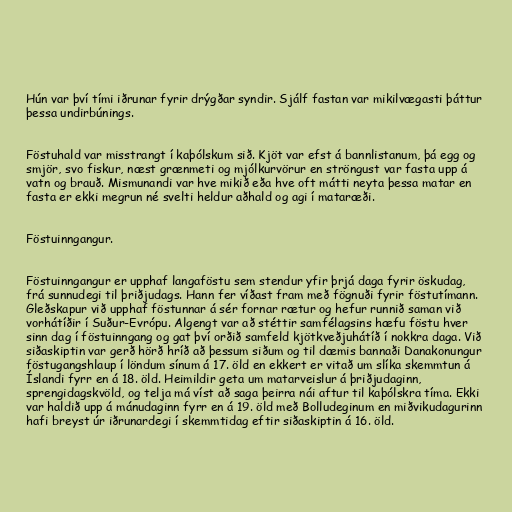
Hún var því tími iðrunar fyrir drýgðar syndir. Sjálf fastan var mikilvægasti þáttur
þessa undirbúnings.

Föstuhald var misstrangt í kaþólskum sið. Kjöt var efst á bannlistanum, þá egg og
smjör, svo fiskur, næst grænmeti og mjólkurvörur en ströngust var fasta upp á
vatn og brauð. Mismunandi var hve mikið eða hve oft mátti neyta þessa matar en
fasta er ekki megrun né svelti heldur aðhald og agi í mataræði.

Föstuinngangur.

Föstuinngangur er upphaf langaföstu sem stendur yfir þrjá daga fyrir öskudag,
frá sunnudegi til þriðjudags. Hann fer víðast fram með fögnuði fyrir föstutímann.
Gleðskapur við upphaf föstunnar á sér fornar rætur og hefur runnið saman við
vorhátíðir í Suður-Evrópu. Algengt var að stéttir samfélagsins hæfu föstu hver
sinn dag í föstuinngang og gat því orðið samfeld kjötkveðjuhátíð í nokkra daga. Við
siðaskiptin var gerð hörð hríð að þessum siðum og til dæmis bannaði Danakonungur
föstugangshlaup í löndum sínum á 17. öld en ekkert er vitað um slíka skemmtun á
Íslandi fyrr en á 18. öld. Heimildir geta um matarveislur á þriðjudaginn,
sprengidagskvöld, og telja má víst að saga þeirra nái aftur til kaþólskra tíma. Ekki
var haldið upp á mánudaginn fyrr en á 19. öld með Bolludeginum en miðvikudagurinn
hafi breyst úr iðrunardegi í skemmtidag eftir siðaskiptin á 16. öld.